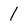
Character: 1